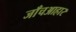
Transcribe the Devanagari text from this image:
जाँचआहार